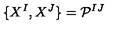
\{ X ^ { I } , X ^ { J } \} = \mathcal { P } ^ { I J }